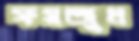
ফয়জুল